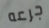
جرعه